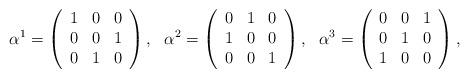
LaTeX: \begin{align*}\alpha^1=\left(\begin{array}{ccc} 1 & 0 & 0\\ 0 & 0 & 1\\ 0 & 1 & 0\end{array}\right),\ \ \alpha^2=\left(\begin{array}{ccc} 0 & 1 & 0\\ 1 & 0 & 0\\ 0 & 0 & 1\end{array}\right),\ \ \alpha^3=\left(\begin{array}{ccc} 0 & 0 & 1\\ 0 & 1 & 0\\ 1 & 0 & 0\end{array}\right),\end{align*}